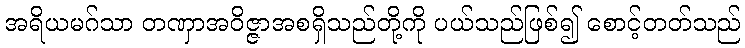
အရိယမဂ်သာ တဏှာအဝိဇ္ဇာအစရှိသည်တို့ကို ပယ်သည်ဖြစ်၍ စောင့်တတ်သည်